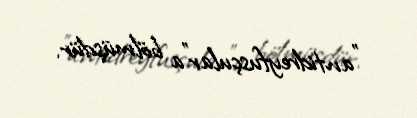
"antidreyfusçular"a bölmüşdür.